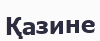
Қазине